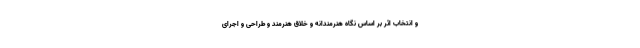
و انتخاب اثر بر اساس نگاه هنرمندانه و خلاق هنرمند و طراحی و اجرای